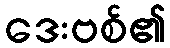
ဒေးဗစ်၏